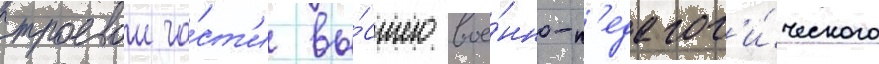
строевои ча́ст'и вы́сшего вое́нно-п'едагог'и́ческого